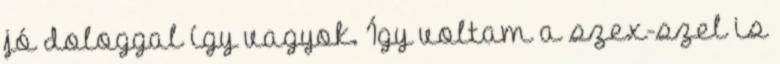
jó dologgal így vagyok. Így voltam a szex-szel is